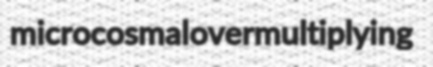
microcosmal overmultiplying